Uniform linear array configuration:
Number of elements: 16
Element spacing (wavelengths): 0.75
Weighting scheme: blackman
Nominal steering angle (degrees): -45
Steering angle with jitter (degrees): -44.379
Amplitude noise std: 0.05
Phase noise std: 0.05

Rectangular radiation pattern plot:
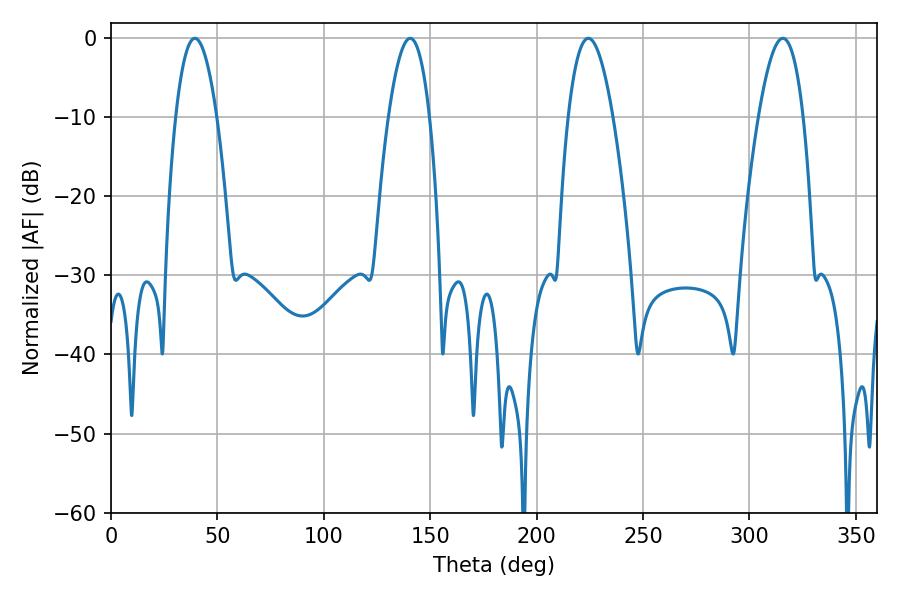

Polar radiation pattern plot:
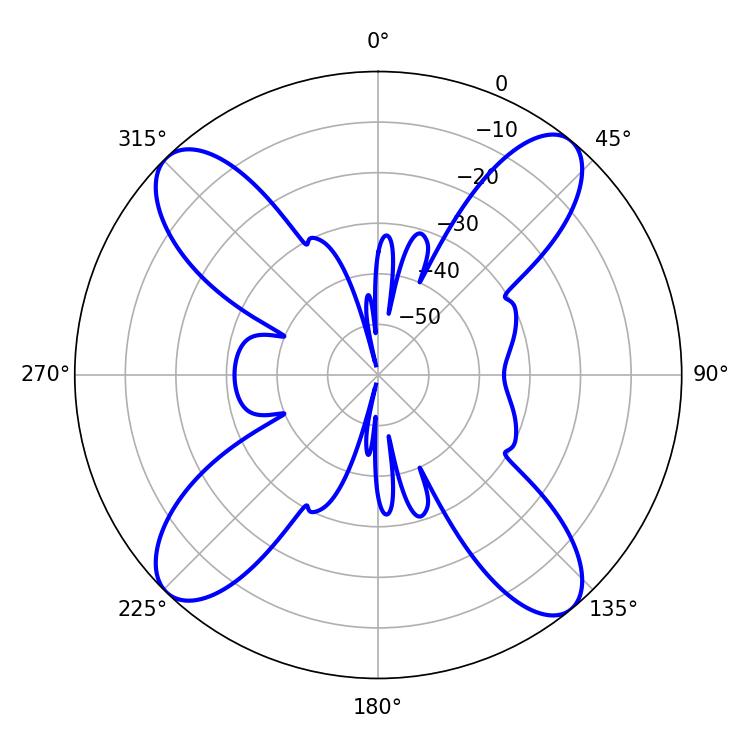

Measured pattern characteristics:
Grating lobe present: TRUE
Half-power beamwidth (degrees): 10.8
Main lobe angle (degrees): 39.42